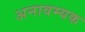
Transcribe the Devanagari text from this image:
अनावम्यक